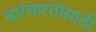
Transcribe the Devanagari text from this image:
वारंवारतांसाठी